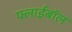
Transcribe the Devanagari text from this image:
फ्लाईबॉल